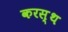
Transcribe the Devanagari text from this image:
करस्थ